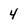
Character: 4